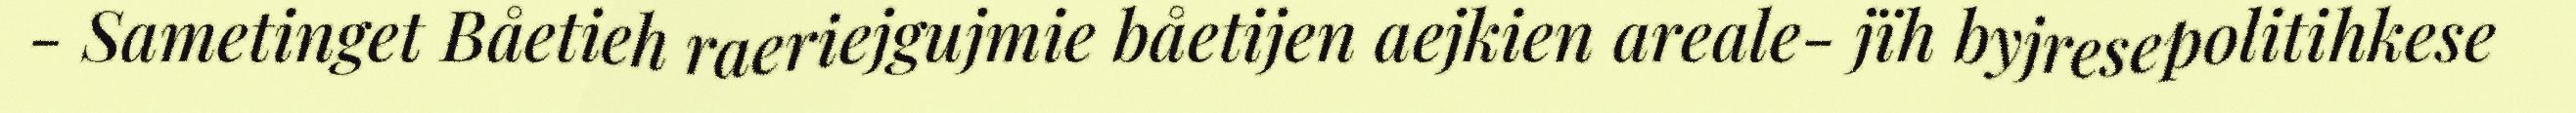
- Sametinget Båetieh raeriejgujmie båetijen aejkien areale- jïh byjresepolitihkese